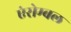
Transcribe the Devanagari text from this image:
एंसेम्बल